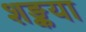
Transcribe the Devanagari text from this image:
शङ्कया